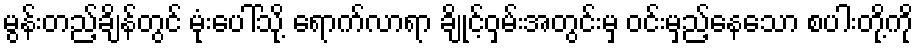
မွန်းတည့်ချိန်တွင် မုံးပေါ်သို့ ရောက်လာရာ ချိုင့်ဝှမ်းအတွင်းမှ ဝင်းမှည့်နေသော စပါးတို့ကို